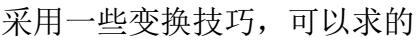
采用一些变换技巧，可以求的